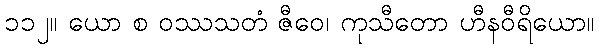
၁၁၂။ ယော စ ဝဿသတံ ဇီဝေ၊ ကုသီတော ဟီနဝီရိယော။